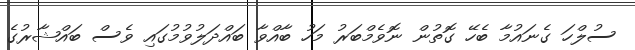
ސުލްހަ ގެނައުމާ ބެހޭ ގޮތުން ނޮވެމްބަރު މަހު ބާއްވާ ބައްދަލުވުމުގައި ވެސް ބައްޝާރުގެ